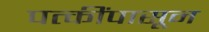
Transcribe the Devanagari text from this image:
पत्कींपासून